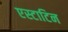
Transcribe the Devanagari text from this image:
एस्टाटिन